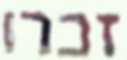
זכרו